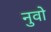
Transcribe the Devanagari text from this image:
नुवो